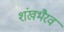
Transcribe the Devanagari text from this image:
शंखभैरव